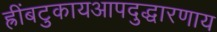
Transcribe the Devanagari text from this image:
ह्रींबटुकायआपदुद्धारणाय